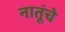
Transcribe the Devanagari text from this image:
नातूंचे